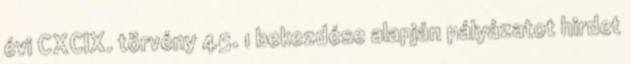
évi CXCIX. törvény 45. 1 bekezdése alapján pályázatot hirdet